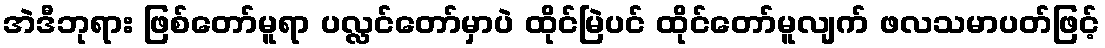
အဲဒီဘုရား ဖြစ်တော်မူရာ ပလ္လင်တော်မှာပဲ ထိုင်မြဲပင် ထိုင်တော်မူလျက် ဖလသမာပတ်ဖြင့်